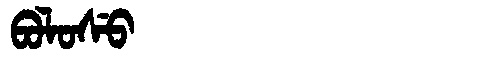
Manchu: ᠪᠣᠯᠣᠰᡠ
Romanization: BOLOSU